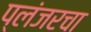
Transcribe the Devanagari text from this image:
प्लंजरचा